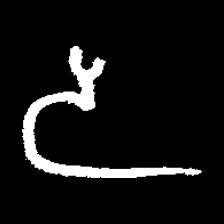
Pyu character \u2014 Myanmar letter: ဒ (romanized: da)